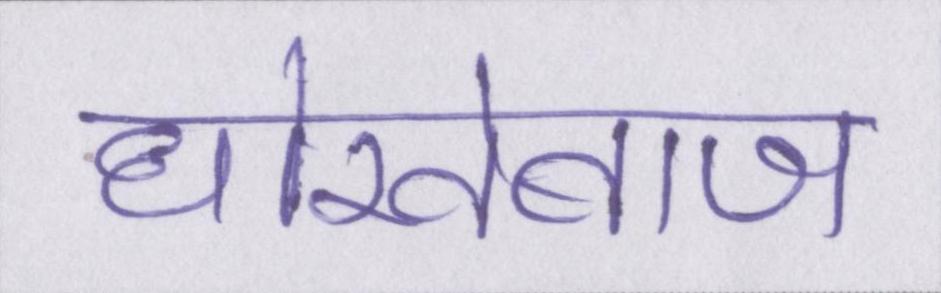
धोखेबाज